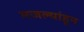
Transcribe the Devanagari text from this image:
मजल्यांहून